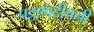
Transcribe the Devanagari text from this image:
पट्ठाणदीपनी